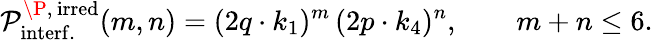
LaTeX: {\cal P}_{\mathrm{interf.}}^{\P,\, \mathrm{irred}}(m,n)=(2q\cdot k_{1})^{m}\, (2p\cdot k_{4})^{n},\qquad m+n\leq 6.